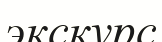
экскурс